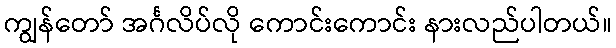
ကျွန်တော် အင်္ဂလိပ်လို ကောင်းကောင်း နားလည်ပါတယ်။